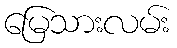
မြေသားလမ်း